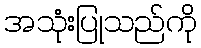
အသုံးပြုသည်ကို